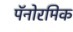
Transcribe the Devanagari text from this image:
पॅनोरमिक